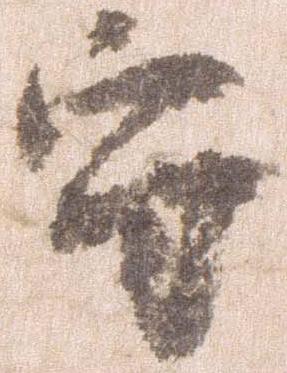
守